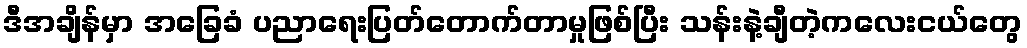
ဒီအချိန်မှာ အခြေခံ ပညာရေးပြတ်တောက်တာမှုဖြစ်ပြီး သန်းနဲ့ချီတဲ့ကလေးငယ်တွေ